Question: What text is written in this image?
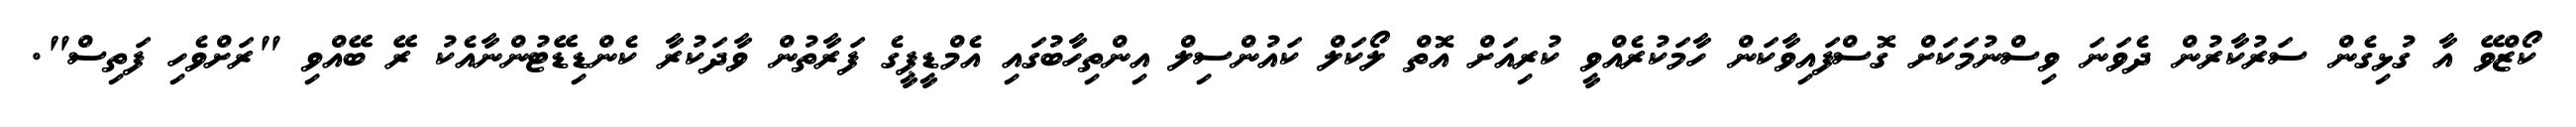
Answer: ކޯޒްވޭ އާ ގުޅިގެން ސަރުކާރުން ދެވަނަ ވިސްނުމަކަށް ގޮސްފައިވާކަން ހާމަކުރެއްވީ ކުރިއަށް އޮތް ލޯކަލް ކައުންސިލް އިންތިހާބުގައި އެމްޑީޕީގެ ފަރާތުން ވާދަކުރާ ކެންޑިޑޭޓުންނާއެކު ރޭ ބޭއްވި "ރަށްވެހި ފަތިސް".